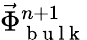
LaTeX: \vec{\Phi}_{\mathrm{~b~u~l~k~}}^{n+1}